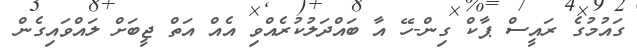
ގައުމުގެ ރައީސް ޕާކް ގިން-ހޭ އާ ބައްދަލުކުރެއްވި އެއް އަތް ޖީބަށް ލައްވައިގެން